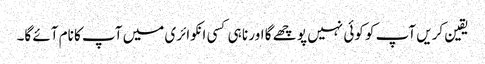
یقین کریں آپ کو کوئی نہیں پو چھے گا اور نا ہی کسی انکوائری میں آپ کا نام آئے گا۔